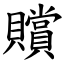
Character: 贘